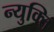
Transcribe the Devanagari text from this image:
न्युक्ति